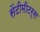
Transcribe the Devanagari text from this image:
सेंटीमीटर्स